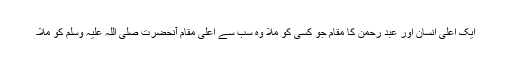
ایک اعلیٰ انسان اور عبد رحمن کا مقام جو کسی کو ملا وہ سب سے اعلیٰ مقام آنحضرت صلی اللہ علیہ وسلم کو ملا۔